Report on vaccination in Madras 1904-1921 - 1904-1921
Year: 1904
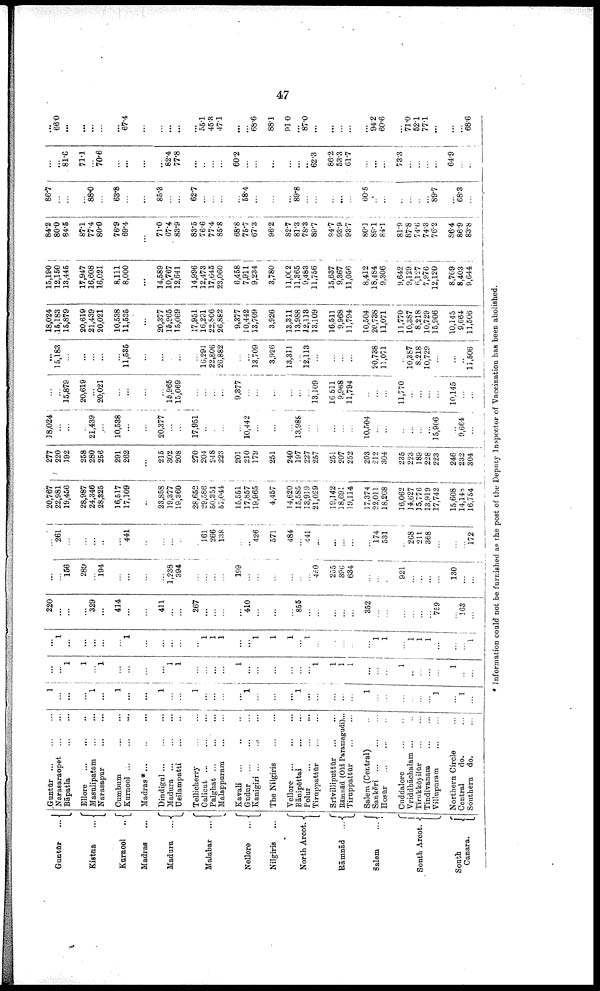
47
Guntūr
...
Kistna
...
Kurnool ...
Madras ...
Madura
...
Malabar ...
Nellore
...
Nilgiris ...
North Arcot.
Rāmnād
...
Salem
...
South Arcot.
South
Canara.
Guntūr
...
...
...
Narasaraopet
...
...
Bāpatla
...
...
Ellore
...
...
...
Masulipatam
...
...
Narasapur
...
...
Cumbum
...
...
Kurnool ... ... ...
Madras* ... ... ...
Dindigul
...
...
...
Madura
...
...
...
Usilampatti
...
...
Tellicherry
...
...
Calicut ... ...
...
Palghat ... ... ...
Malappuram
...
...
Kavali ... ... ...
Gudur
...
...
...
Kanigiri ... ... ...
The Nilgiris
...
...
Vellore
...
...
...
Rānipēttai
...
...
Polur
...
...
...
Tiruppattūr ... ...
Srīvilliputtūr
...
...
Rāmnād (Old Paramagudi) ...
Tiruppattūr
...
...
Salem (Central) ...
Sankēri
...
...
...
Hosūr ... ... ...
Cuddalore
...
...
Vriddhāchalam ... ...
Tirukkōyilūr
...
...
Tindivanam
...
...
Villupuram
...
...
Northern Circle ...
Central
do. ...
Southern do. ...
1
...
...
...
1
...
1
...
...
1
...
...
1
...
...
...
...
1
...
...
...
1
...
...
...
...
...
1
...
...
...
...
...
...
1
...
1
...
...
...
1
1
...
1
...
...
...
...
1
1
...
...
...
...
1
...
...
...
...
...
...
1
1
1
1
...
...
...
1
...
1
...
...
1
...
...
...
1
...
...
...
...
...
1
...
...
...
...
...
1
1
1
...
...
1
1
1
...
1
...
...
...
...
...
1
1
...
1
1
1
...
...
...
1
220
...
...
...
329
...
414
...
...
411
...
...
267
...
...
...
...
410
...
...
...
855
...
...
...
...
...
352
...
...
...
...
...
...
759
...
163
...
...
...
156
289
...
194
...
...
...
...
1,238
394
...
...
...
...
199
...
...
...
...
...
...
450
255
396
634
...
...
...
921
...
...
...
...
130
...
...
...
261
...
...
...
...
...
441
...
...
...
...
...
161
266
138
...
...
426
571
484
...
441
...
...
...
...
...
174
531
...
268
211
368
...
...
...
172
20,767
22,981
19,456
28,987
24,346
28,325
16,517
17,109
...
23,858
19,377
19,360
28,652
29,586
50,351
57,044
15,551
17,857
19,965
4,457
14,620
15,585
13,919
21,029
19,142
18,691
19,114
17,374
22,011
18,268
16,062
14,627
15,776
13,919
17,742
15,608
14,148
16,754
277
220
192
258
280
256
291
262
...
215
302
208
270
204
248
223
201
210
179
251
240
197
227
257
251
207
252
203
212
304
235
223
189
228
223
246
232
304
18,024
...
...
...
21,439
...
10,538
...
...
20,377
...
...
17,951
...
...
...
...
10,442
...
...
...
13,988
...
...
...
...
...
10,504
...
...
...
...
...
...
15,906
...
9,664
...
...
...
15,879
20,619
...
20,021
...
...
...
...
15,965
15,069
...
...
...
...
9,377
...
...
...
...
...
...
13,109
16,511
9,968
11,794
...
...
...
11,770
...
...
...
...
10,145
...
...
...
15,183
...
...
...
...
...
11,535
...
...
...
...
...
16,291
22,806
26,882
...
...
13,709
3,926
13,311
...
12,113
...
...
...
...
...
20,738
11,071
...
10,387
8,218
10,729
...
...
...
11,506
18,024
15,183
15,879
20,619
21,439
20,021
10,538
11,535
...
20,377
15,965
15,069
17,951
16,291
22,806
26,882
9,377
10,442
13,709
3,926
13,311
13,988
12,113
13,109
16,511
9,968
11,794
10,504
20,738
11,071
11,770
10,387
8,218
10,729
15,906
10,145
9,664
11,506
15,190
12,150
13,445
17,947
16,608
16,021
8,111
8,000
...
14,589
10,767
12,641
14,996
12,473
17,645
23,060
6,458
7,911
9,234
3,780
11,002
11,365
9,483
11,756
15,637
9,367
11,056
8,412
18,484
9,306
9,642
9,129
6,127
7,976
12,120
8,769
8,403
9,644
84.2
80.0
84.5
87.1
77.4
80.0
76.9
69.4
...
71.0
67.4
83.9
83.5
76.6
77.4
85.8
68.8
75.7
67.3
96.2
82.7
81.3
78.3
89.7
94.7
93.9
93.7
80.1
89.1
84.1
81.9
87.8
74.6
74.3
76.2
86.4
86.9
83.8
86.7
...
...
...
88.0
...
63.8
...
...
85.3
...
...
62.7
...
...
...
...
58.4
...
...
...
89.8
...
...
...
...
...
60.5
...
...
...
...
...
...
89.7
...
68.3
...
...
...
81.6
71.1
...
70.6
...
...
...
...
82.4
77.8
...
...
...
...
60.2
...
...
...
...
...
...
62.3
86.2
53.3
61.7
...
...
...
73.3
...
...
...
...
64.9
...
...
...
66.0
...
...
...
...
...
67.4
...
...
...
...
...
55.1
45.3
47.1
...
...
68.6
88.1
91.0
...
87.0
...
...
...
...
...
94.2
60.6
...
71.0
52.1
77.1
...
...
...
68.6
* Information could not be furnished as the post of the Deputy Inspector of Vaccination has been abolished.